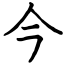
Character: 今